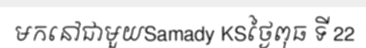
មកនៅជាមួយSamady KSថ្ងៃពុធ ទី 22